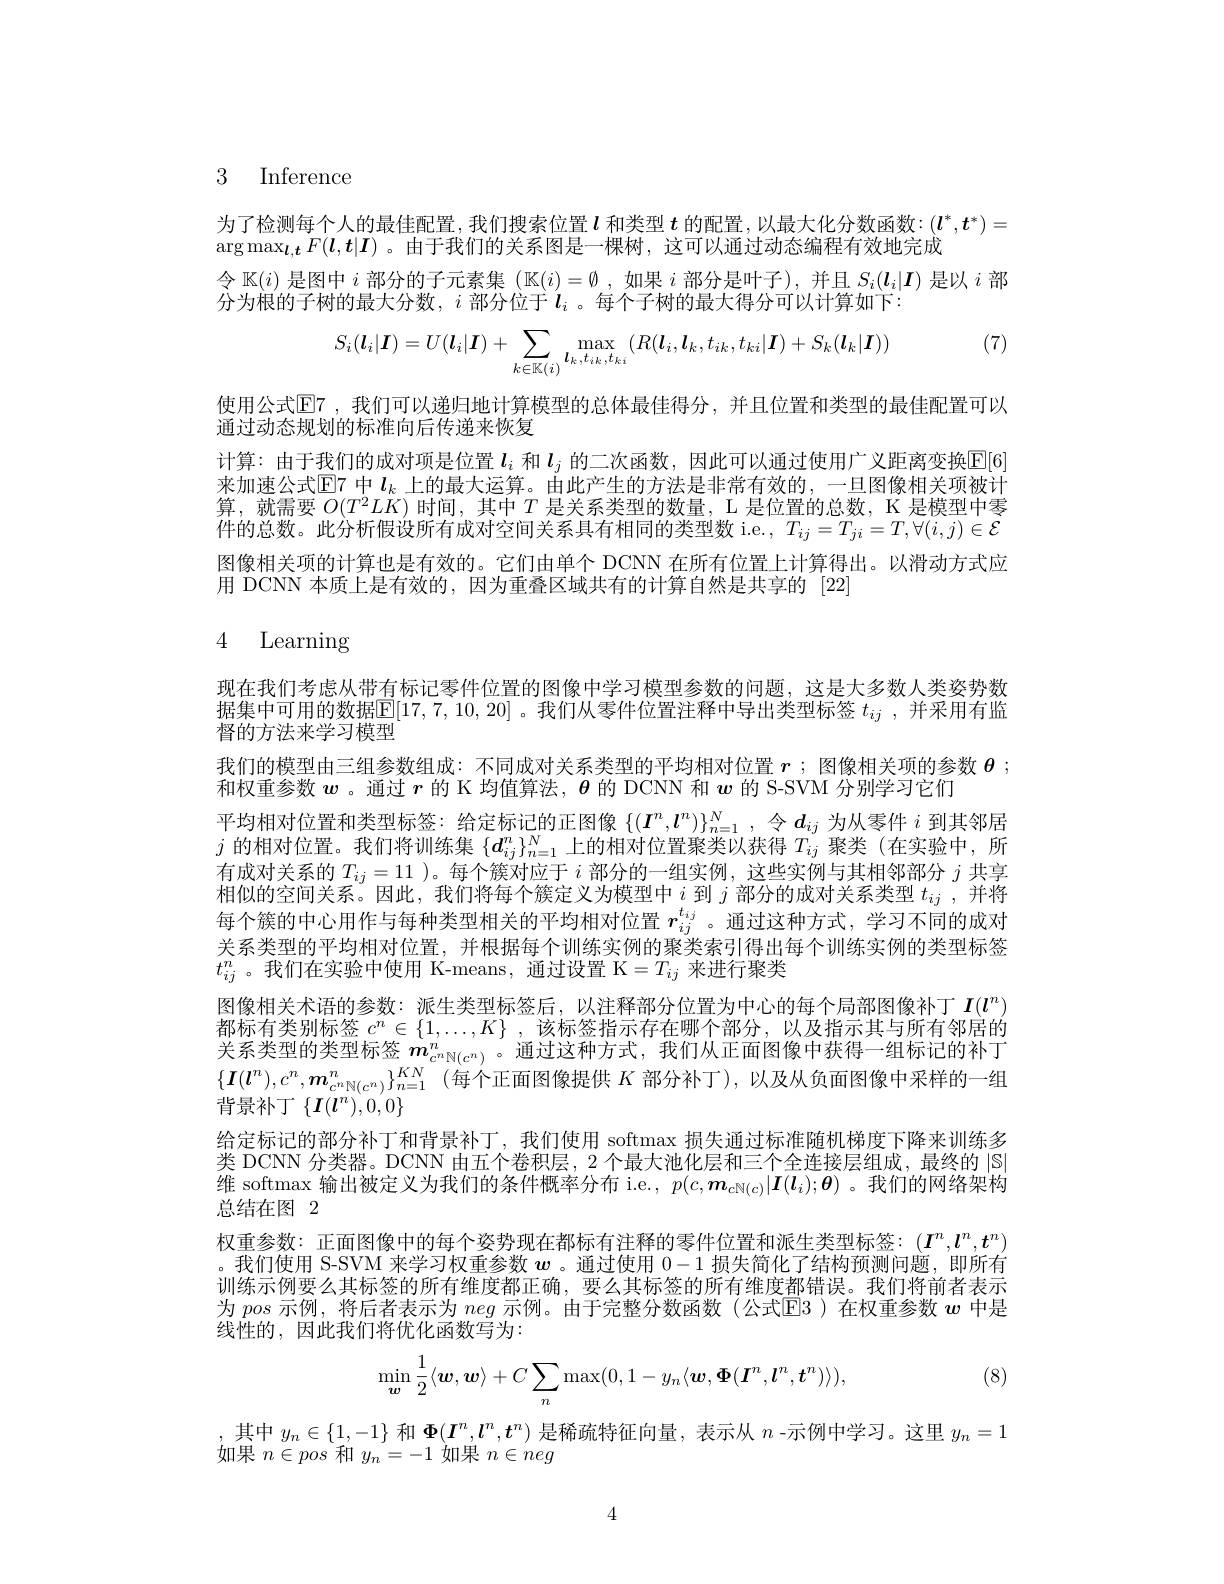
3 Inference

为了检测每个人的最佳配置，我们搜索位置$l$和类型$t$的配置，以最大化分数函数：$(\boldsymbol{l}^*,\boldsymbol{t}^*)=$
$\arg\max_{\boldsymbol{l},\boldsymbol{t}}F(\boldsymbol{l},\boldsymbol{t}|\boldsymbol{I})$ 。由于我们的关系图是一棵树，这可以通过动态编程有效地完成
令$\mathbb{K}(i)$是图中$i$部分的子元素集$(\mathbb{K}(i)=\emptyset$ ,如果$i$部分是叶子),并且$S_i(\boldsymbol{l}_i|\boldsymbol{I})$是以$i$部
分为根的子树的最大分数，$i$ 部分位于$l_i$ 。每个子树的最大得分可以计算如下：

(7)
$$S_i(\boldsymbol{l}_i|\boldsymbol{I})=U(\boldsymbol{l}_i|\boldsymbol{I})+\sum_{k\in\mathbb{K}(i)}\max_{\boldsymbol{l}_k,t_{ik},t_{k\:i}}(R(\boldsymbol{l}_i,\boldsymbol{l}_k,t_{ik},t_{ki}|\boldsymbol{I})+S_k(\boldsymbol{l}_k|\boldsymbol{I}))$$
使用公式$\overline{\mathrm{E}}$7 ,我们可以递归地计算模型的总体最佳得分 ,并且位置和类型的最佳配置可以
通过动态规划的标准向后传递来恢复
计算：由于我们的成对项是位置$l_i$和$l_j$的二次函数，因此可以通过使用广义距离变换$\mathbb{E}[6]$ 来加速公式$\mathbb{E}$7 中$l_k$ 上的最大运算。由此产生的方法是非常有效的，一旦图像相关项被计算，就需要$O(T^2LK)$时间，其中$T$是关系类型的数量，L 是位置的总数，K 是模型中零件的总数。此分析假设所有成对空间关系具有相同的类型数 i.e. $,T_{ij}=T_{ji}=T,\forall(i,j)\in\mathcal{E}$ 图像相关项的计算也是有效的。它们由单个 DCNN 在所有位置上计算得出。以滑动方式应用 DCNN 本质上是有效的，因为重叠区域共有的计算自然是共享的[22]

# 4 Learning

现在我们考虑从带有标记零件位置的图像中学习模型参数的问题，这是大多数人类姿势数据集中可用的数据$\mathbb{E}[17,7,10,20]$ 。我们从零件位置注释中导出类型标签 $t_{ij}$ ,并采用有监督的方法来学习模型
我们的模型由三组参数组成：不同成对关系类型的平均相对位置$r$ ;图像相关项的参数$\theta$ ;
和权重参数$\boldsymbol{w}$ 。通过$\boldsymbol{r}$的 K 均值算法，$\boldsymbol{\theta}$的 DCNN 和$\boldsymbol{w}$的 S-SVM 分别学习它们
平均相对位置和类型标签：给定标记的正图像$\{(\boldsymbol I^n,\boldsymbol l^n)\}_{n=1}^N$ ,令$\boldsymbol d_ij$为从零件$i$到其邻居$j$的相对位置。我们将训练集$\{d_ij^n\}_{n=1}^N$上的相对位置聚类以获得$T_ij$聚类 (在实验中，所有成对关系的$T_{ij}=11$ )。每个簇对应于$i$部分的一组实例，这些实例与其相邻部分$j$共享相似的空间关系。因此，我们将每个簇定义为模型中$i$到$j$部分的成对关系类型$t_{ij}$ ,并将每个簇的中心用作与每种类型相关的平均相对位置$r_{ij}^{t_{ij}}$。通过这种方式，学习不同的成对关系类型的平均相对位置，并根据每个训练实例的聚类索引得出每个训练实例的类型标签$t_{ij}^n$。我们在实验中使用 K-means, 通过设置 K$=T_ij$来进行聚类
图像相关术语的参数：派生类型标签后，以注释部分位置为中心的每个局部图像补丁$I(l^n)$ 都标有类别标签$c^n\in\{1,\ldots,K\}$ ,该标签指示存在哪个部分，以及指示其与所有邻居的并不半型的半画上态体关系类型的类型标签$\begin{array}{l}\boldsymbol{m}_{c^n\mathbb{N}(c^n)}^n\end{array}$。通过这种方式，我们从正面图像中获得一组标记的补丁$\{ \boldsymbol{I}( l^n) , c^n, \boldsymbol{m}_{c^n\mathbb{N} ( c^n) }^n\} _{n= 1}^{KN}$ (每个正面图像提供 $K$ 部分补丁),以及从负面图像中采样的一组背景补丁$\{I(l^n),0,0\}$
给定标记的部分补丁和背景补丁，我们使用 softmax 损失通过标准随机梯度下降来训练多类 DCNN 分类器。DCNN 由五个卷积层，2 个最大池化层和三个全连接层组成，最终的$|\mathbb{S}$ 维 softmax 输出被定义为我们的条件概率分布 i.e., $p(c,\boldsymbol{m}_{c\mathbb{N}(c)}|\boldsymbol{I}(l_i);\boldsymbol{\theta})$ 。我们的网络架构总结在图 2
权重参数：正面图像中的每个姿势现在都标有注释的零件位置和派生类型标签：$(\boldsymbol{I}^n,\boldsymbol{l}^n,t^n)$ 。我们使用 S-SVM 来学习权重参数$w$ 。通过使用0-1损失简化了结构预测问题，即所有训练示例要么其标签的所有维度都正确，要么其标签的所有维度都错误。我们将前者表示为pos示例，将后者表示为neg示例。由于完整分数函数(公式E3)在权重参数$w$中是线性的，因此我们将优化函数写为：
(8)
$$\min_{\boldsymbol{w}}\frac{1}{2}\langle\boldsymbol{w},\boldsymbol{w}\rangle+C\sum_{n}\max(0,1-y_{n}\langle\boldsymbol{w},\boldsymbol{\Phi}(\boldsymbol{I}^{n},\boldsymbol{l}^{n},\boldsymbol{t}^{n})\rangle),$$
,其中$y_n\in\{1,-1\}$和$\Phi(I^n,l^n,t^n)$是稀疏特征向量，表示从$n$ -示例中学习。这里$y_n=1$
如果$n\in pos$和$y_n=-1$如果$n\in neg$

4